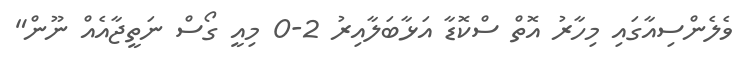
ވެލެންސިއާގައި މިހާރު އޮތް ސްކޮޑާ އަޅާބަލާއިރު 2-0 މިއީ ގޯސް ނަތީޖާއެއް ނޫން"